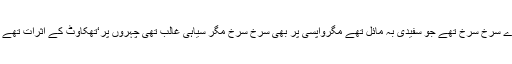
جاتے ہوئے احباب کے چہرے سرخ سرخ تھے جو سفیدی بہ مائل تھے مگرواپسی پر بھی سرخ سرخ مگر سیاہی غالب تھی چہروں پر‘تھکاوٹ کے اثرات تھے یا نشیلی انگور کے مضرات۔